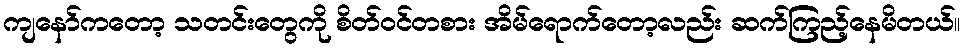
ကျနော်ကတော့ သတင်းတွေကို စိတ်ဝင်တစား အိမ်ရောက်တော့လည်း ဆက်ကြည့်နေမိတယ်။